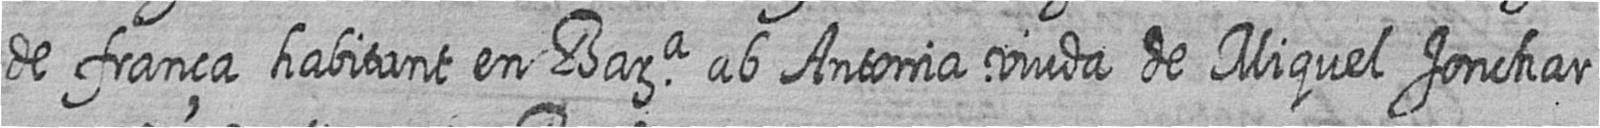
de frança habitant en Bara ab Antonia viuda de Miquel Jonchar